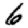
Digit: 6